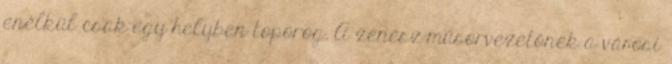
enélkül csak egy helyben toporog. A zenész-műsorvezetőnek a városi